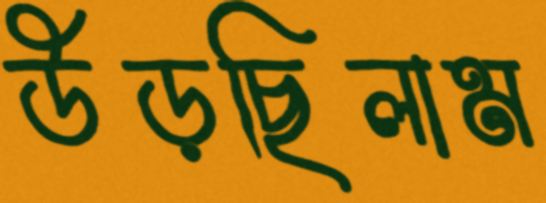
উড়ছিলাম